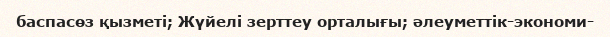
баспасөз қызметі; Жүйелі зерттеу орталығы; әлеуметтік-экономи-